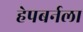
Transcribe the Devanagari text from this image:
हेपबर्नला